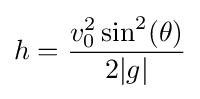
h={\frac {v_{0}^{2}\sin ^{2}(\theta )}{2|g|}}